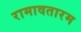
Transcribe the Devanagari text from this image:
रामावतारम